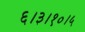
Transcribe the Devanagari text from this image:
६।३।१०।५